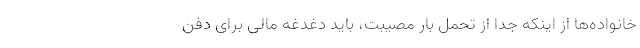
خانواده‌ها از اینکه جدا از تحمل بار مصیبت، باید دغدغه مالی برای دفن